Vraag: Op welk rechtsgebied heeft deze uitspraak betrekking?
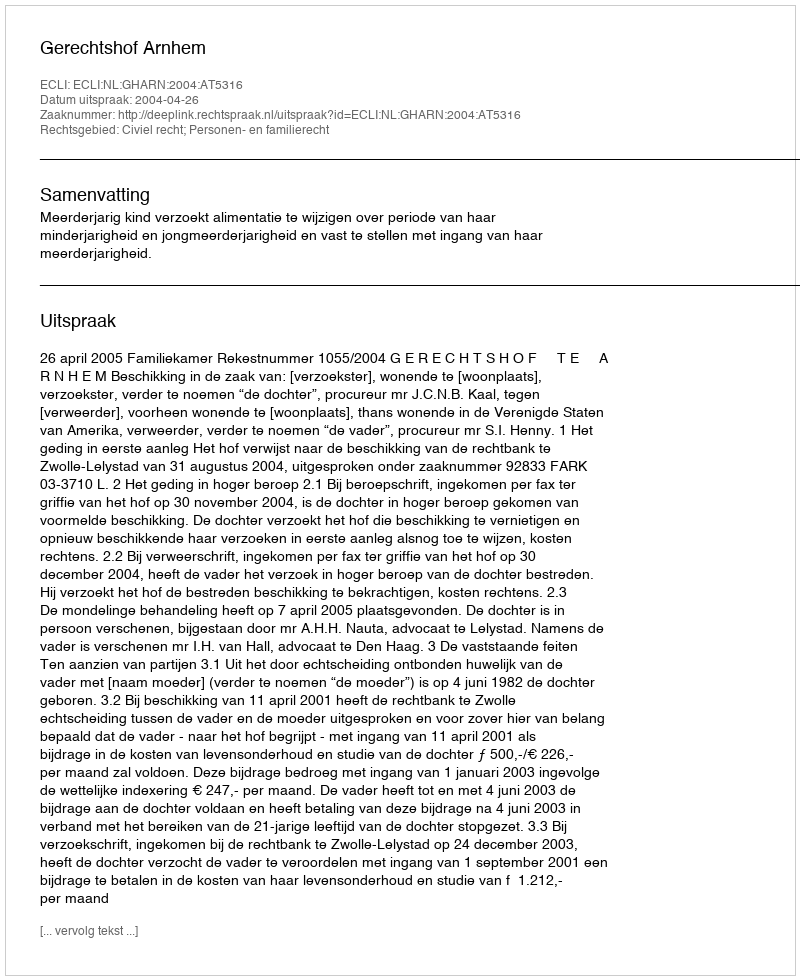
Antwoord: Civiel recht; Personen- en familierecht